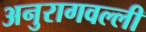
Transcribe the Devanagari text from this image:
अनुरागवल्ली